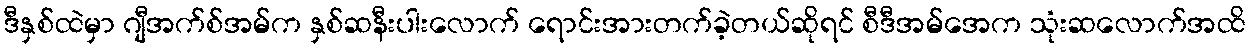
ဒီနှစ်ထဲမှာ ဂျီအက်စ်အမ်က နှစ်ဆနီးပါးလောက် ရောင်းအားတက်ခဲ့တယ်ဆိုရင် စီဒီအမ်အေက သုံးဆလောက်အထိ